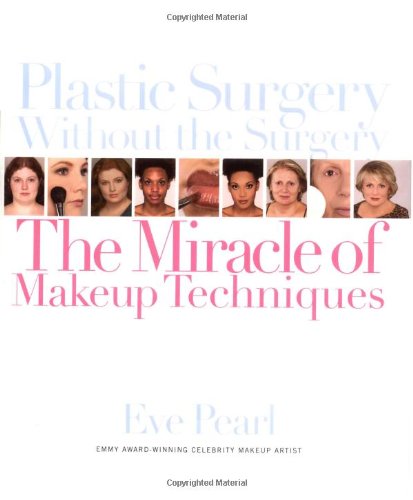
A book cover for Plastic Surgery Without the Surgery: The Miracle of Makeup Techniques; Eve Pearl; Health, Fitness & Dieting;